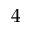
4